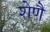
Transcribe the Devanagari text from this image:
शेणै